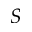
S